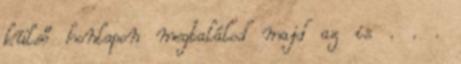
külső honlapon megtalálod majd az is . . .